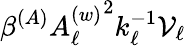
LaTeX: \beta^{(A)}{A_{\ell}^{(w)}}^{2}k_{\ell}^{-1}\mathcal{V}_{\ell}